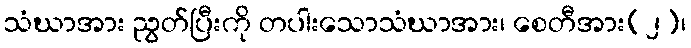
သံဃာအား ညွတ်ပြီးကို တပါးသောသံဃာအား၊ စေတီအား(၂)၊